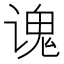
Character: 𫍷